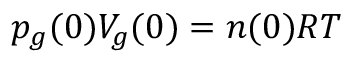
p _ { g } ( 0 ) V _ { g } ( 0 ) = n ( 0 ) R T